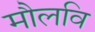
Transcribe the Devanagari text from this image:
मौलवि